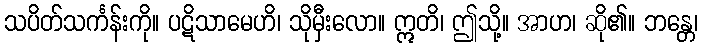
သပိတ်သင်္ကန်းကို။ ပဋိသာမေဟိ၊ သိုမှီးလော။ ဣတိ၊ ဤသို့။ အာဟ၊ ဆို၏။ ဘန္တေ၊